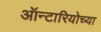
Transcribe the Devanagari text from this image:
ऑन्टारियोच्या